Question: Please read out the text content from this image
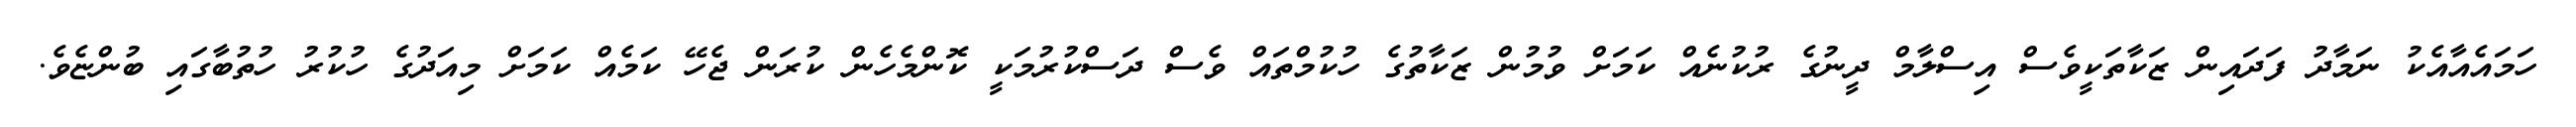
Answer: ހަމައެއާއެކު ނަމާދު ފަދައިން ޒަކާތަކީވެސް އިސްލާމް ދީނުގެ ރުކުނެއް ކަމަށް ވުމުން ޒަކާތުގެ ހުކުމްތައް ވެސް ދަސްކުރުމަކީ ކޮންމެހެން ކުރަން ޖެހޭ ކަމެއް ކަމަށް މިއަދުގެ ހުކުރު ހުތުބާގައި ބުންޏެވެ.